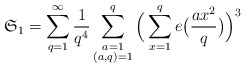
\begin{align*}\mathfrak{S}_1=\sum_{q=1}^\infty\frac{1}{q^4}\sum_{\substack{a=1\\ (a,q)=1}}^q\Big(\sum_{x=1}^qe\big(\frac{ax^2}{q}\big)\Big)^3\end{align*}